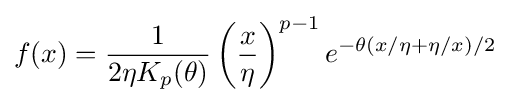
f(x)={\frac {1}{2\eta K_{p}(\theta )}}\left({\frac {x}{\eta }}\right)^{p-1}e^{-\theta (x/\eta +\eta /x)/2}